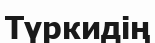
Түркидің